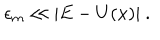
\epsilon _ { m } \ll \vert E - U ( x ) \vert \ .